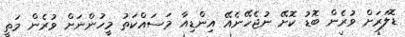
ޑޮލަރަށް ވުރެން ބޮޑު ކޮށޭ ނުޖެހޭނެއޭ އިންޑިއާ މަސައްކަތު މީހުންނަށް ވުރެން މަތީ